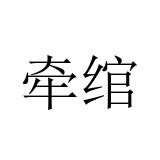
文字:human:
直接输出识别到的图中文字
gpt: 牵绾